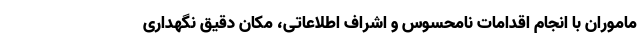
ماموران با انجام اقدامات نامحسوس و اشراف اطلاعاتی، مکان دقیق نگهداری